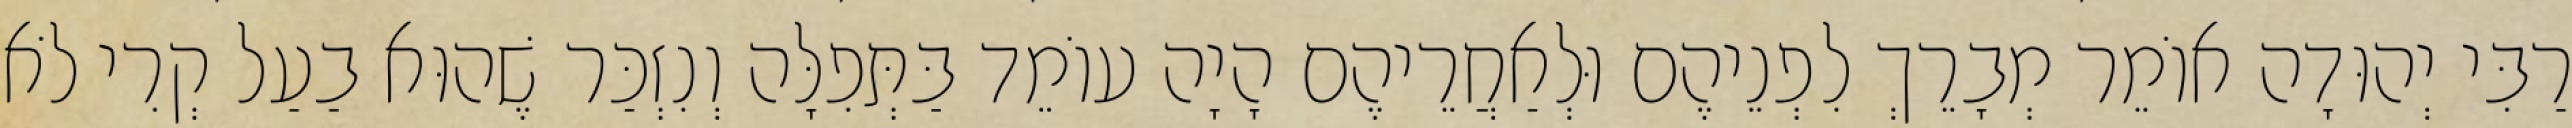
רַבִּי יְהוּדָה אוֹמֵר מְבָרֵךְ לִפְנֵיהֶם וּלְאַחֲרֵיהֶם הָיָה עוֹמֵד בַּתְּפִלָּה וְנִזְכַּר שֶׁהוּא בַעַל קְרִי לֹא